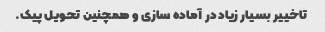
تاخییر بسیار زیاد در آماده سازی و همچنین تحویل پیک.